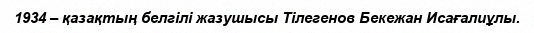
1934 – қазақтың белгілі жазушысы Тілегенов Бекежан Исағалиұлы.